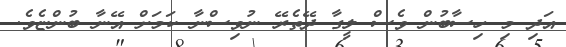
އަދި މި ހިސާބުން ވެސް ލީގާ ދޭތެރޭ ނުވިސްނާ ކަމަށް އޭނާ ބުންޏެވެ.